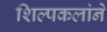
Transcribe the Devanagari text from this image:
शिल्पकलांने